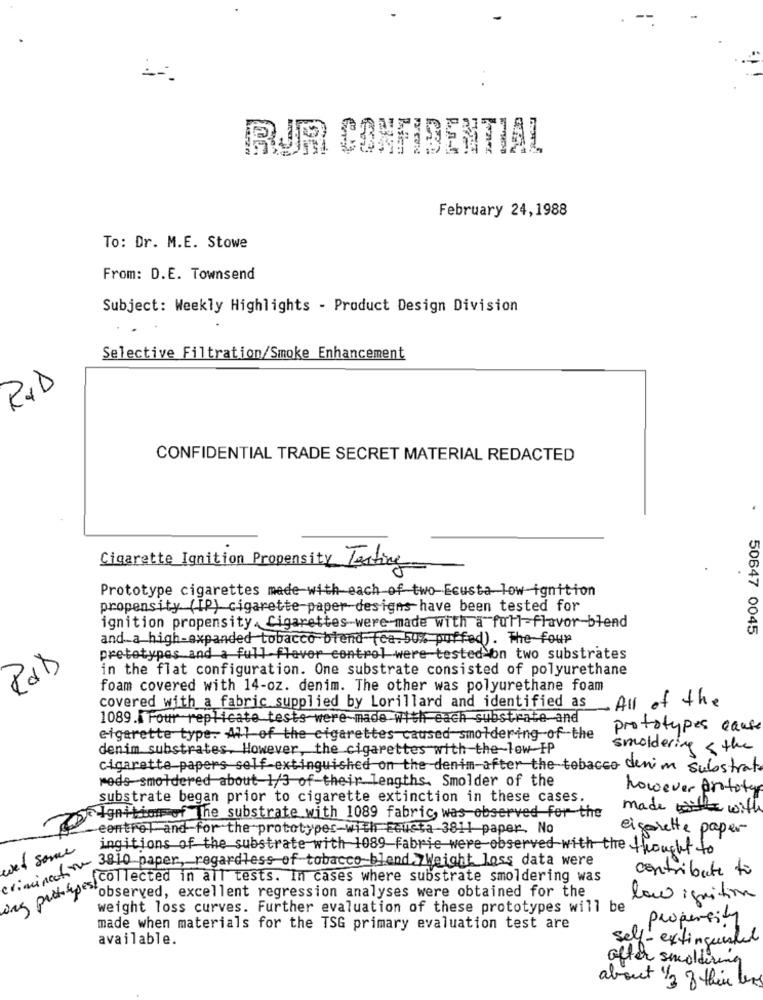
RJR CONFIDENTIAL
February 24,1988
To: Dr. M.E. Stowe
From: D.E. Townsend
Subject: Weekly Highlights - Product Design Division
Selective Filtration/Smoke Enhancement
R&D
CONFIDENTIAL TRADE SECRET MATERIAL REDACTED
Cigarette Ignition Propensity Testing
Prototype cigarettes made with each of two-Ecusta low-ignition
propensity (IP) cigarette paper designs have been tested for
ignition propensity .Cigarettes-were made with a full-flavor-blend
50647 0045
and_a high-expanded tobacco biend fea. 50% puffed). The four
pretotypes and a full flavor control were tested on two substrates
in the flat configuration. One substrate consisted of polyurethane
foam covered with 14-oz. denim. The other was polyurethane foam
covered with a fabric supplied by Lorillard and identified as
All of the
1089. Four replicate tests were-made with each substrate and
prototypes cause
elgarette type. All of the cigarettes caused smoldering of the
denim substrates. However, the cigarettes with the-low FP
smoldering < the
cigarette papers self-extinguished on the denim after the tobacco denim substrate
reds smoldered about 1/3 of their lengths. Smolder of the
however prototyp
substrate began prior to cigarette extinction in these cases.
made with with
Ignition of The substrate with 1089 fabric, was observed for the
control and for the prototypes-with Ecusta -3811 paper. No
cigarette paper
wet some
ingitions of the substrate with 1089 fabric were observed with the thought to
of paper, regardless of tobacco blend Weight loss data were
contribute to
soe pickupestobspruced in all tests. In cases where substrate smoldering was
observed, excellent regression analyses were obtained for the
low ignition
weight loss curves. Further evaluation of these prototypes will be
propensity
made when materials for the TSG primary evaluation test are
available.
self-extinguishel
after smoldering
about 1/3 of this las